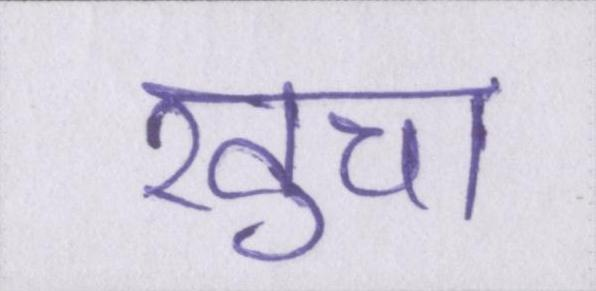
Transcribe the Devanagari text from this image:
खुचा